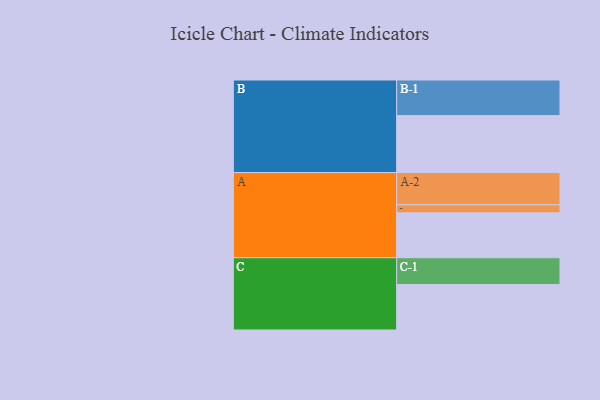
{"axis": {"x": "Segment", "y": "Value"}, "legend": ["", "A", "B", "C"], "data": [{"x": "A", "y": 358, "type": ""}, {"x": "B", "y": 454, "type": ""}, {"x": "C", "y": 363, "type": ""}, {"x": "A-1", "y": 64, "type": "A"}, {"x": "A-2", "y": 257, "type": "A"}, {"x": "B-1", "y": 284, "type": "B"}, {"x": "C-1", "y": 213, "type": "C"}]}